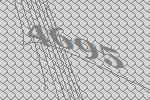
4695